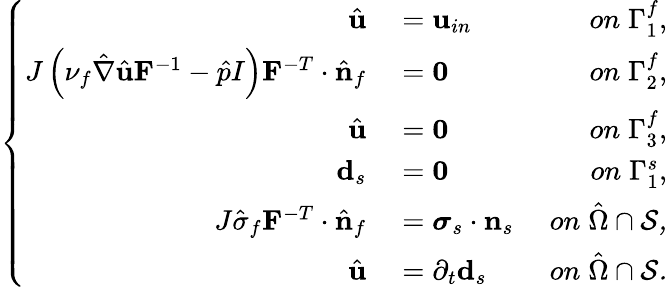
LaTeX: \left\{ \begin{array}{ll}{\begin{array}{rlr}{\hat{\mathbf{u}}}&{{}=\mathbf{u}_{in}\; }&{on\; \Gamma_{1}^{f},}\\ {J\left(\nu_{f}\hat{\nabla}\hat{\mathbf{u}}\mathbf{F}^{-1}-\hat{p}I\right)\mathbf{F}^{-T}\cdot\hat{\mathbf{n}}_{f}}&{{}=\mathbf{0}\; }&{on\; \Gamma_{2}^{f},}\\ {\hat{\mathbf{u}}}&{{}=\mathbf{0}\; }&{on\; \Gamma_{3}^{f},}\\ {\mathbf{d}_{s}}&{{}=\mathbf{0}\; }&{on\; \Gamma_{1}^{s},}\\ {J\hat{\sigma}_{f}\mathbf{F}^{-T}\cdot\hat{\mathbf{n}}_{f}}&{{}=\boldsymbol{\sigma}_{s}\cdot\mathbf{n}_{s}\; }&{on\; \hat{\Omega}\cap\cal S,}\\ {\hat{\mathbf{u}}}&{{}=\partial_{t}\mathbf{d}_{s}\; }&{on\; \hat{\Omega}\cap\cal S.}\end{array}}\end{array}\right.